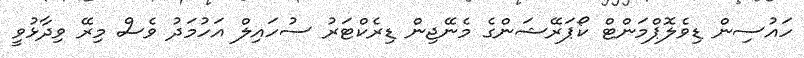
ހައުސިން ޑިވެލޮޕްމަންޓް ކޯޕަރޭޝަންގެ މެނޭޖިން ޑިރެކްޓަރު ސުހައިލް އަހުމަދު ވެސް މިރޭ ވިދާޅުވީ